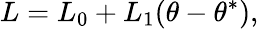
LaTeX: L=L_{0}+L_{1}(\theta-\theta^{\ast}),